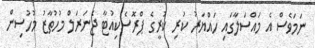
ނަމަވެސް އެ މައްސަލާގައި ހައްޔަރު ކުރި ކުރީގެ ޕްރޮސެކިއުޓާ ޖެނަރަލް މުހުތާޒު މުހުސިން